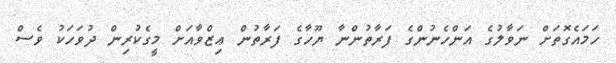
ހަމައެގޮތަށް ނަވާލުގެ އަންހެނުންގެ ފަރާތުންނާ ޔޫހާގެ ފަރާތުން ޢިޒްވާއަށް މީގެކުރިން ދުވަހަކު ވެސް